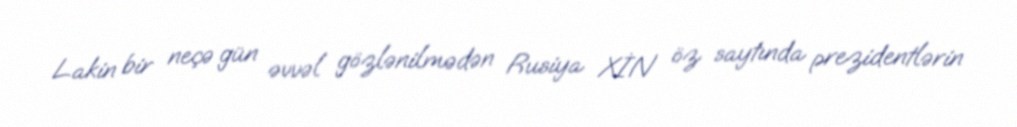
Lakin bir neçə gün əvvəl gözlənilmədən Rusiya XİN öz saytında prezidentlərin